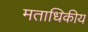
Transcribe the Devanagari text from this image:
मताधिकीय